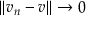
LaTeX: \left\| v _ { n } - v \right\| \rightarrow 0